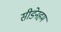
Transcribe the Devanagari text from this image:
सीडेनहम